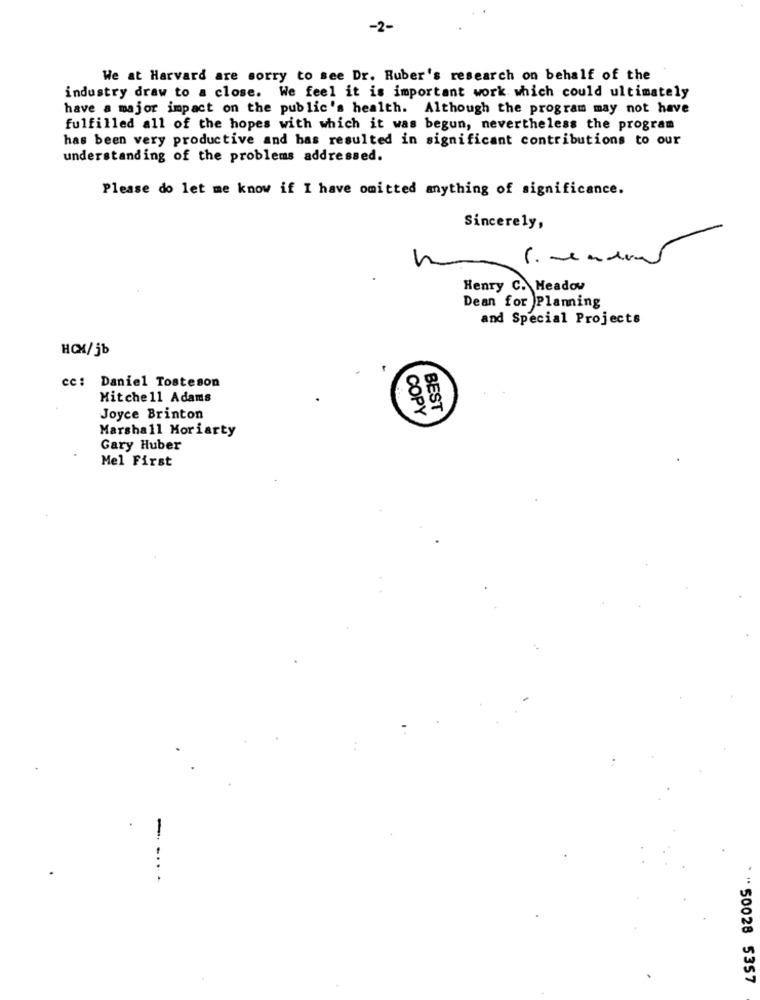
-2-
We at Harvard are sorry to see Dr. Ruber's research on behalf of the
industry draw to a close. We feel it is important work which could ultimately
have a major impact on the public's health. Although the program may not have
fulfilled all of the hopes with which it was begun, nevertheless the program
has been very productive and has resulted in significant contributions to our
understanding of the problems addressed.
Please do let me know if I have omitted anything of significance.
Sincerely,
Henry C. Meadow
Dean for Planning
and Special Projects
HCX/jb
cc: Daniel Tosteson
Mitchell Adams
COPY
BEST
Joyce Brinton
Marshall Moriarty
Gary Huber
Mel First
" 50028 5357